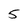
Character: 5